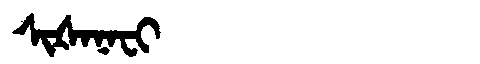
Manchu: ᠰᡳᡧᠠᠨᠠᠸᡳ
Romanization: SIŠANAFI